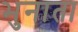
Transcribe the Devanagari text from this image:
भुनाता